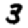
Digit: 3